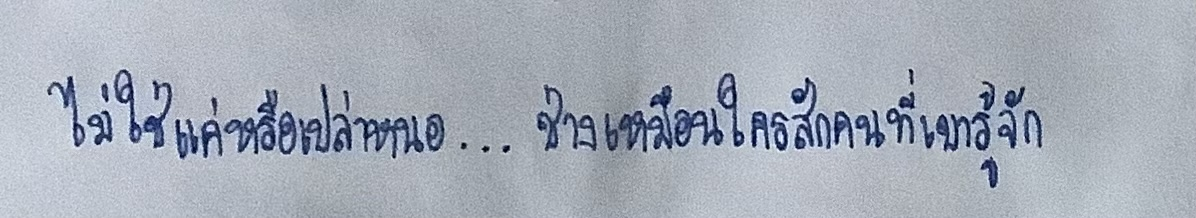
ไม่ใช่แค่หรือเปล่าหนอ...ช่างเหมือนใครสักคนที่เขารู้จัก